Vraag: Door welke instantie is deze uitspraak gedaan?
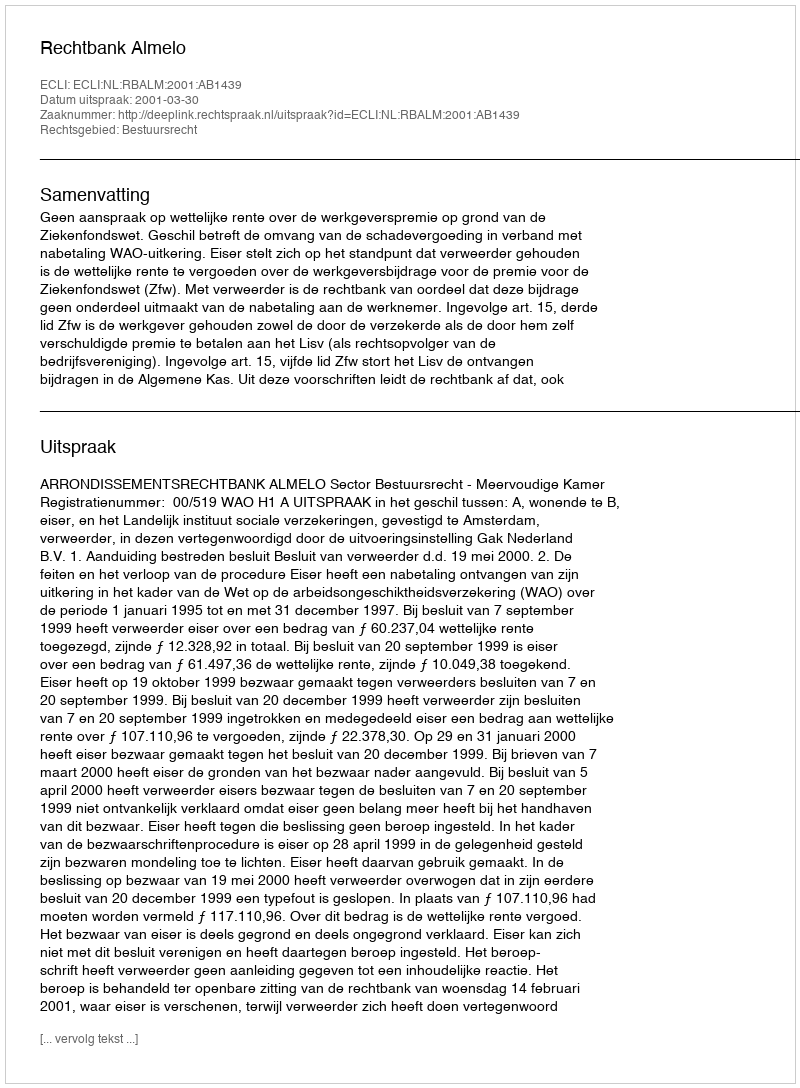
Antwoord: Rechtbank Almelo